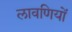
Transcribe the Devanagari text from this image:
लावणियों